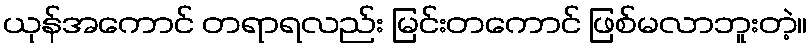
ယုန်အကောင် တရာရလည်း မြင်းတကောင် ဖြစ်မလာဘူးတဲ့။